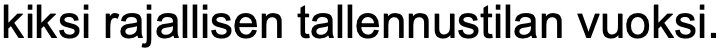
kiksi rajallisen tallennustilan vuoksi.